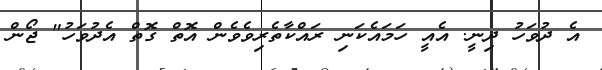
އެ ދުވަހު ދިނީ. އެއީ ހަމައެކަނި ރައްކާތެރިވެވެން އޮތް ގޮތް އެދުވަހު" ޖޯން